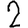
Digit: 2